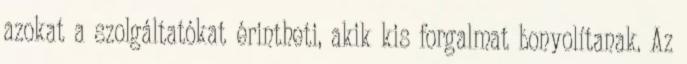
azokat a szolgáltatókat érintheti, akik kis forgalmat bonyolítanak. Az